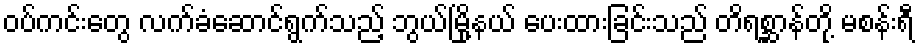
ဝပ်ကင်းတွေ လက်ခံဆောင်ရွက်သည့် ဘွယ်မြို့နယ် ပေးထားခြင်းသည် တိရစ္ဆာန်တို့ မစန်းရီ